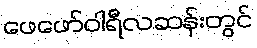
ဖေဖော်ဝါရီလဆန်းတွင်